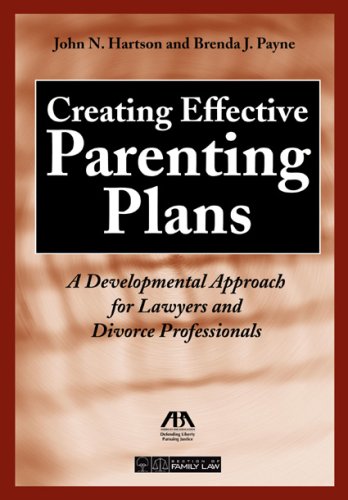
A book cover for Creating Effective Parenting Plans: A Developmental Approach for Lawyers and Divorce Professionals; John N. Hartson; Law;